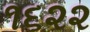
૧૬૨૨